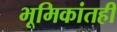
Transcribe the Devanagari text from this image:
भूमिकांतही